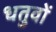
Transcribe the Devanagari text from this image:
धतुवों